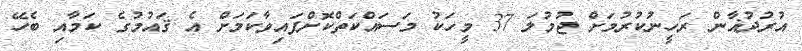
އުރުދުޣާން ރަހީނުކުރުމަށް ޖުމުލަ 37 މީހަކު މަސައްކަތްކޮށްފައިވާކަމަށް އެ ޤައުމުގެ ކަމާއި ބެހޭ